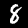
Label: 8